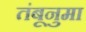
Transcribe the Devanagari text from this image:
तंबूनुमा